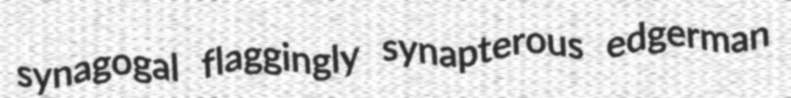
synagogal flaggingly synapterous edgerman